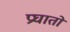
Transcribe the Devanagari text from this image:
प्रघातों